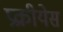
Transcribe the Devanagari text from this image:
प्रक्रीयेस